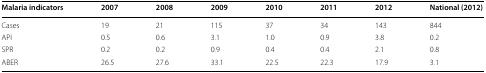
<table><thead><tr><td><b>Malaria indicators</b></td><td><b>2007</b></td><td><b>2008</b></td><td><b>2009</b></td><td><b>2010</b></td><td><b>2011</b></td><td><b>2012</b></td><td><b>National (2012)</b></td></tr></thead><tbody><tr><td>Cases</td><td>19</td><td>21</td><td>115</td><td>37</td><td>34</td><td>143</td><td>844</td></tr><tr><td>API</td><td>0.5</td><td>0.6</td><td>3.1</td><td>1.0</td><td>0.9</td><td>3.8</td><td>0.2</td></tr><tr><td>SPR</td><td>0.2</td><td>0.2</td><td>0.9</td><td>0.4</td><td>0.4</td><td>2.1</td><td>0.8</td></tr><tr><td>ABER</td><td>26.5</td><td>27.6</td><td>33.1</td><td>22.5</td><td>22.3</td><td>17.9</td><td>3.1</td></tr></tbody></table>